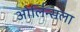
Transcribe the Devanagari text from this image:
ओर्लिन्सला